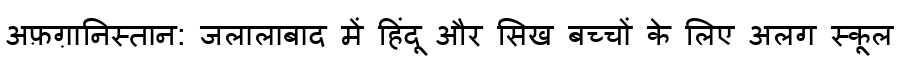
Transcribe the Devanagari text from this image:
अफ़ग़ानिस्तान: जलालाबाद में हिंदू और सिख बच्चों के लिए अलग स्कूल